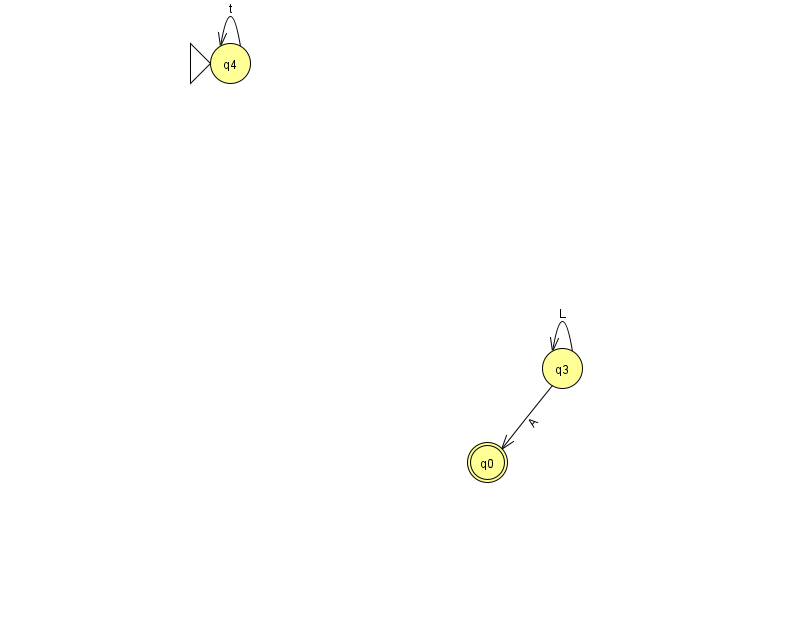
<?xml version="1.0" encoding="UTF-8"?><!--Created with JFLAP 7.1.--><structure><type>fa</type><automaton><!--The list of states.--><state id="0" name="q0"><x>487.0</x><y>449.0</y><final/></state><state id="3" name="q3"><x>562.0</x><y>355.0</y></state><state id="4" name="q4"><x>230.0</x><y>50.0</y><initial/></state><!--The list of transitions.--><transition><from>4</from><to>4</to><read>t</read></transition><transition><from>3</from><to>0</to><read>A</read></transition><transition><from>3</from><to>3</to><read>L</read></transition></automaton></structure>